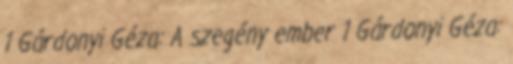
1 Gárdonyi Géza: A szegény ember 1 Gárdonyi Géza: